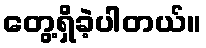
တွေ့ရှိခဲ့ပါတယ်။